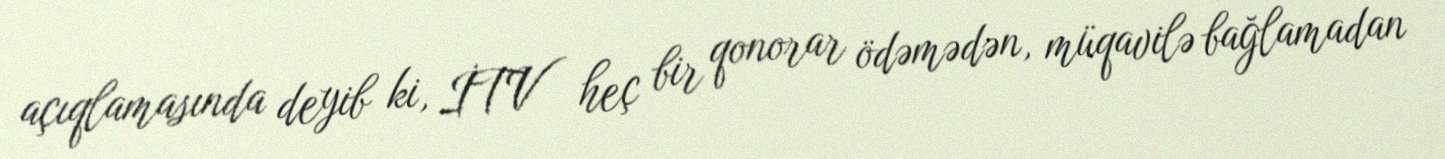
açıqlamasında deyib ki, İTV heç bir qonorar ödəmədən, müqavilə bağlamadan